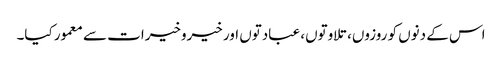
اس کے دنوں کو روزوں، تلاوتوں، عبادتوں اور خیروخیرات سے معمور کیا۔